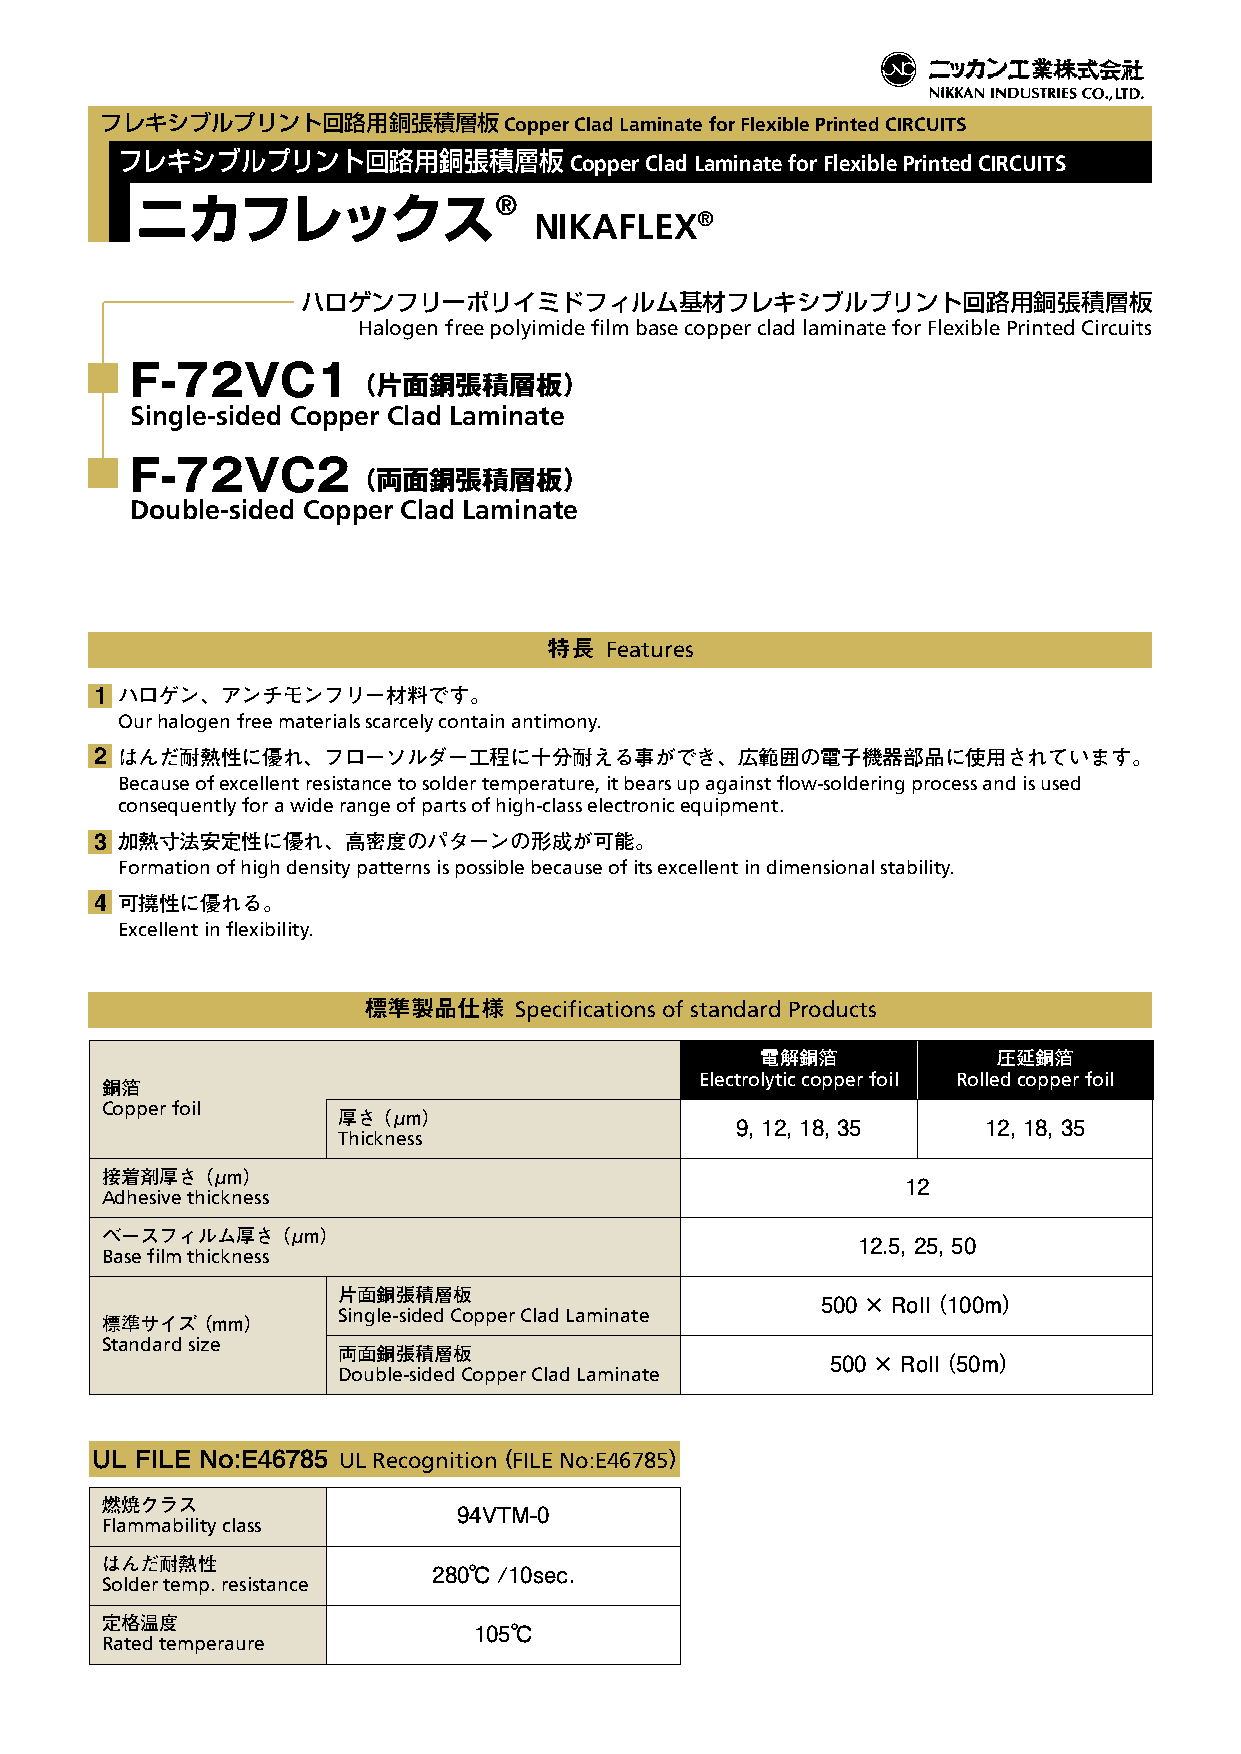
フレキシブルプリント回路用銅張積層板        Copper Clad Laminate for Flexible Printed CIRCUITS
 フレキシブルプリント回路用銅張積層板            Copper Clad Laminate for Flexible Printed CIRCUITS
 ニカフレックス®
 NIKAFLEX®
 ハロゲンフリーポリイミドフィルム基材フレキシブルプリント回路用銅張積層板
 Halogen free polyimide film base copper clad laminate for Flexible Printed Circuits
 F-72VC1
 （片面銅張積層板）
 Single-sided Copper Clad Laminate
 F-72VC2
 （両面銅張積層板）
 Double-sided Copper Clad Laminate
 特長  Features
 1 ハロゲン、アンチモンフリー材料です。
 Our halogen free materials scarcely contain antimony.
 2 はんだ耐熱性に優れ、フローソルダー工程に十分耐える事ができ、広範囲の電子機器部品に使用されています。
 Because of excellent resistance to solder temperature, it bears up against flow-soldering process and is used
 consequently for a wide range of parts of high-class electronic equipment.
 3 加熱寸法安定性に優れ、高密度のパターンの形成が可能。
 Formation of high density patterns is possible because of its excellent in dimensional stability.
 4 可撓性に優れる。
 Excellent in flexibility.
 標準製品仕様    Specifications of standard Products
 電解銅箔            圧延銅箔
 Electrolytic copper foil Rolled copper foil
 銅箔
 Copper foil
 厚さ（μm）
 9, 12, 18, 35   12, 18, 35
 Thickness
 接着剤厚さ（μm）
 12
 Adhesive thickness
 ベースフィルム厚さ（μm）
 12.5, 25, 50
 Base film thickness
 片面銅張積層板
 500×Roll（100m）
 Single-sided Copper Clad Laminate
 標準サイズ（mm）
 Standard size
 両面銅張積層板
 500×Roll（50m）
 Double-sided Copper Clad Laminate
 UL FILE No:E46785 UL Recognition (FILE No:E46785)
 燃焼クラス
 94VTM-0
 Flammability class
 はんだ耐熱性
 280℃/10sec.
 Solder temp. resistance
 定格温度
 105℃
 Rated temperaure